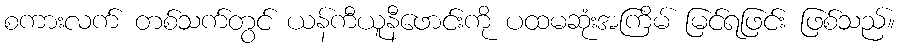
စကားလက် တစ်သက်တွင် ယန်ကီယူနီဖောင်းကို ပထမဆုံးအကြိမ် မြင်ရဖြင်း ဖြစ်သည်။